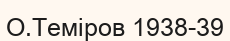
О.Теміров 1938-39